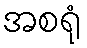
အစရုံ